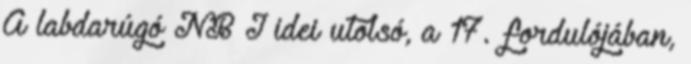
A labdarúgó NB I idei utolsó, a 17. fordulójában,